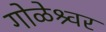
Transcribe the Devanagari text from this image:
गोळेश्र्वर